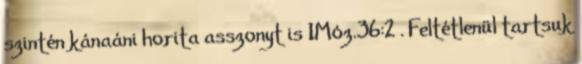
szintén kánaáni horita asszonyt is 1Móz.36:2 . Feltétlenül tartsuk